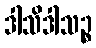
ဒါသိဒါသဉ္စ